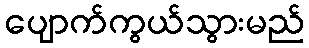
ပျောက်ကွယ်သွားမည်